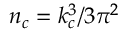
n _ { c } = k _ { c } ^ { 3 } / 3 \pi ^ { 2 }